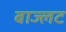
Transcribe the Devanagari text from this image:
बाज्लट